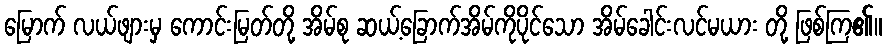
မြောက် လယ်ဖျားမှ ကောင်းမြတ်တို့ အိမ်စု ဆယ့်ခြောက်အိမ်ကိုပိုင်သော အိမ်ခေါင်းလင်မယား တို့ ဖြစ်ကြ၏။